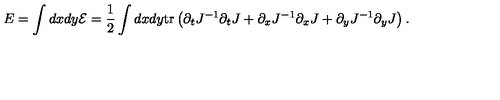
E = \int d x d y { \cal E } = \frac { 1 } { 2 } \int d x d y \mathrm { t r } \left( \partial _ { t } J ^ { - 1 } \partial _ { t } J + \partial _ { x } J ^ { - 1 } \partial _ { x } J + \partial _ { y } J ^ { - 1 } \partial _ { y } J \right) .